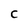
Character: C